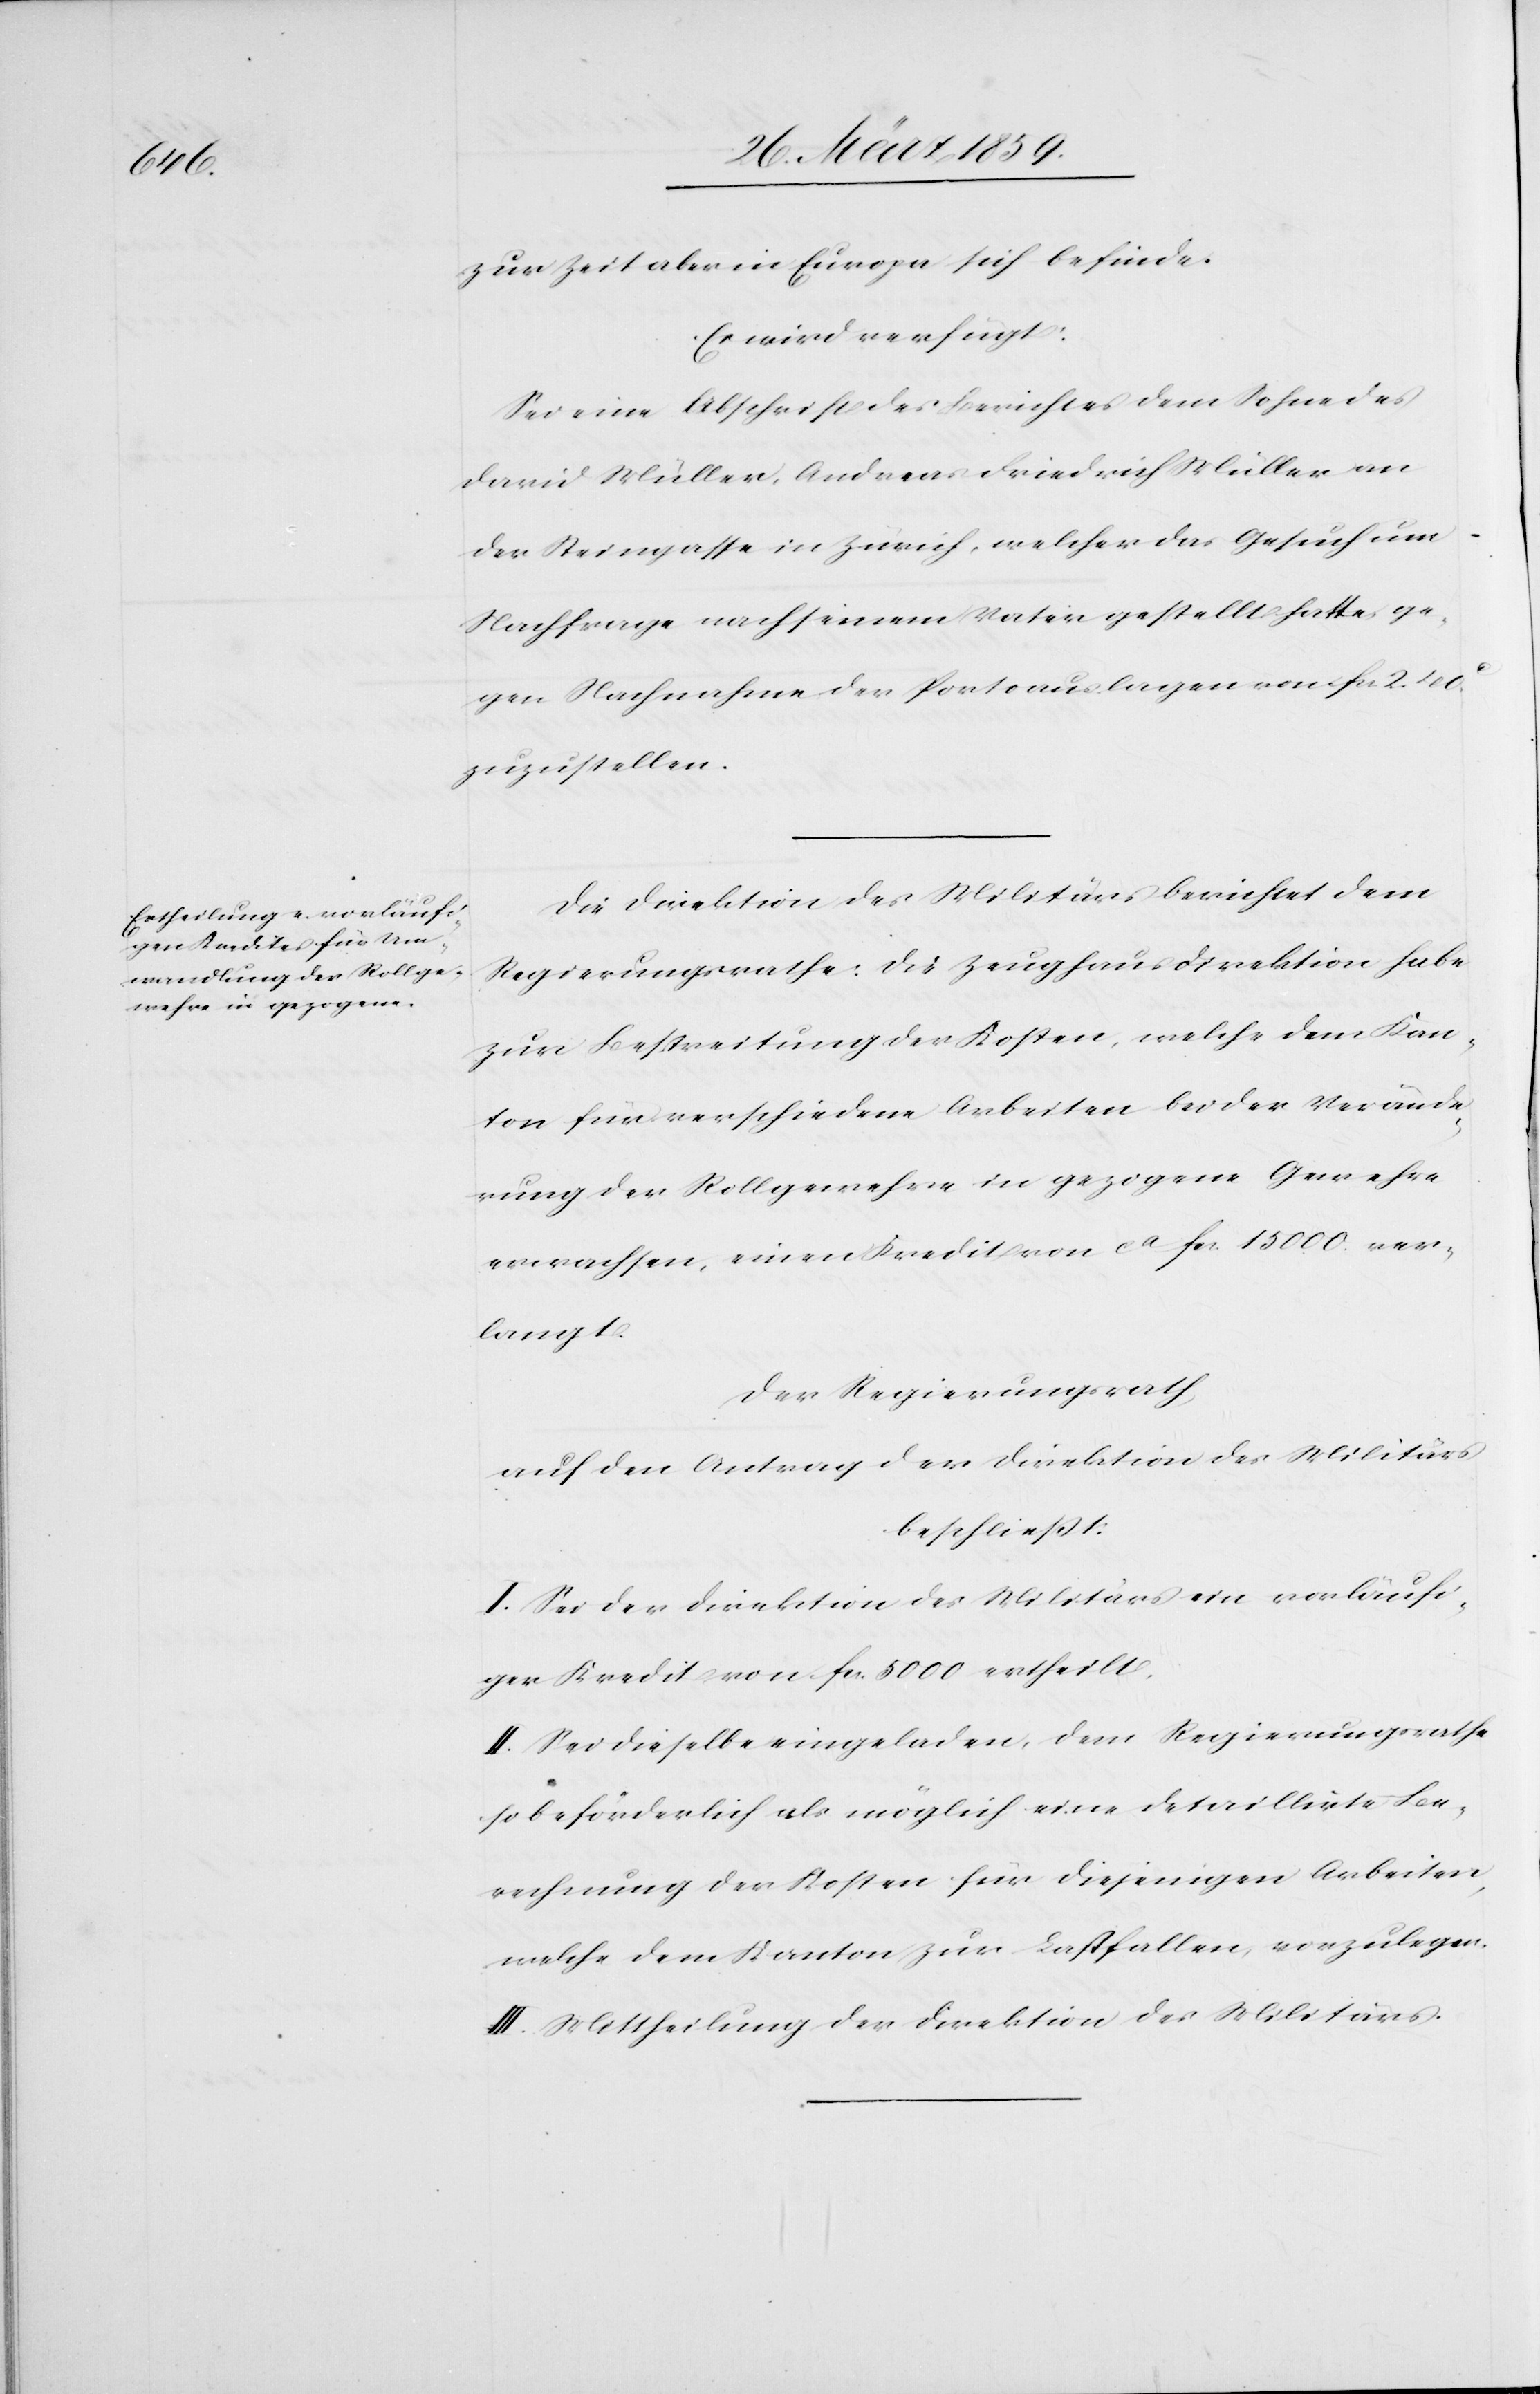
zur Zeit aber in Europa sich befinde.
Es wird verfügt:
Sei eine Abschrift des Berichtes dem Sohne des
David Müller, Andreas Friedrich Müller an
der Steingasse in Zürich, welcher das Gesuch um
Nachfrage nach seinem Vater gestellt hatte, ge¬
gen Nachnahme der Portoauslagen von fcs. 2. 40c
zuzustellen.
Die Direktion des Militärs berichtet dem
Regierungsrathe: die Zeughausdirektion habe
zur Bestreitung der Kosten, welche dem Kan¬
ton für verschiedene Arbeiten bei der Verände¬
rung der Rollgewehre in gezogene Gewehre
erwachsen, einen Kredit von ca fcs. 15 0000 ver¬
langt.
Der Regierungsrath,
auf den Antrag der Direktion des Militärs
beschließt:
I. Sei der Direktion des Militärs ein vorläufi¬
ger Kredit von fcs. 5000 ertheilt.
II. Sei dieselbe eingeladen, dem Regierungsrathe
so beförderlich als möglich eine detaillirte Be¬
rechnung der Kosten für diejenigen Arbeiten,
welche dem Kanton zur Last fallen, vorzulegen.
III. Mittheilung der Direktion des Militärs.